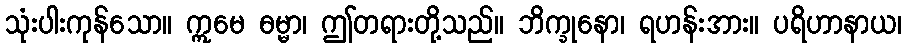
သုံးပါးကုန်သော။ ဣမေ ဓမ္မာ၊ ဤတရားတို့သည်။ ဘိက္ခုနော၊ ရဟန်းအား။ ပရိဟာနာယ၊